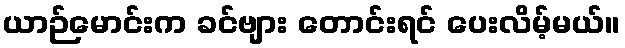
ယာဉ်မောင်းက ခင်ဗျား တောင်းရင် ပေးလိမ့်မယ်။